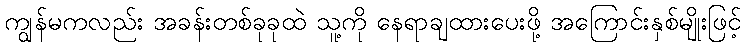
ကျွန်မကလည်း အခန်းတစ်ခုခုထဲ သူ့ကို နေရာချထားပေးဖို့ အကြောင်းနှစ်မျိုးဖြင့်